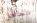
نتجاهل